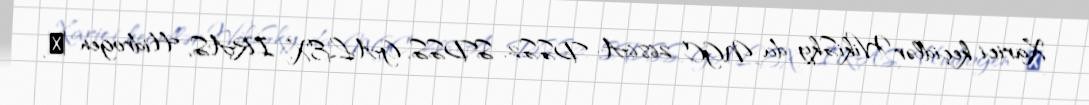
Xarici keçidlər WikiSky-da NGC 2686A: DSS2, SDSS, GALEX, IRAS, Hidrogen α,